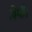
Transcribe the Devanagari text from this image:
विथी।